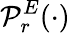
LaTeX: {\cal\mathcal{P}}_{r}^{E}(\cdot)